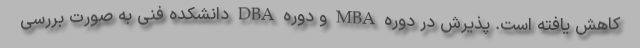
کاهش یافته است. پذیرش در دوره MBA و دوره DBA دانشکده فنی به صورت بررسی